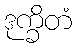
ဒုက္ခိတံ